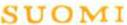
SUOMI